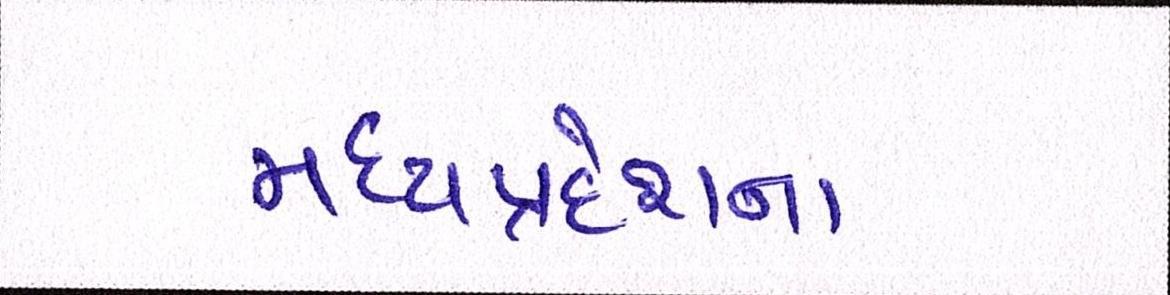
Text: મધ્યપ્રદેશના